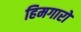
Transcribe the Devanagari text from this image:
हिमगारों